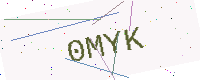
Text: 0MYK